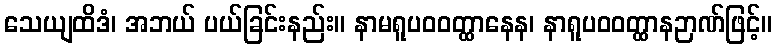
သေယျထိဒံ၊ အဘယ် ပယ်ခြင်းနည်း။ နာမရူပဝဝတ္ထာနေန၊ နာရူပဝဝတ္ထာနဉာဏ်ဖြင့်။